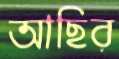
আছির